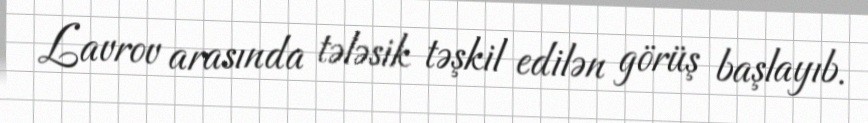
Lavrov arasında tələsik təşkil edilən görüş başlayıb.